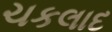
ચકલાદ